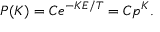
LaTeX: \, P ( K ) = C e ^ { - K E / T } = C p ^ { K } .